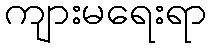
ကျားမရေးရာ